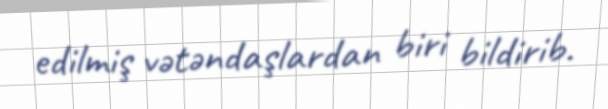
edilmiş vətəndaşlardan biri bildirib.